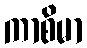
ကာစိမာ